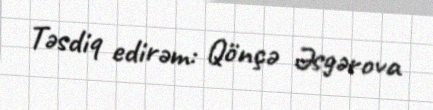
Təsdiq edirəm: Qönçə Əsgərova